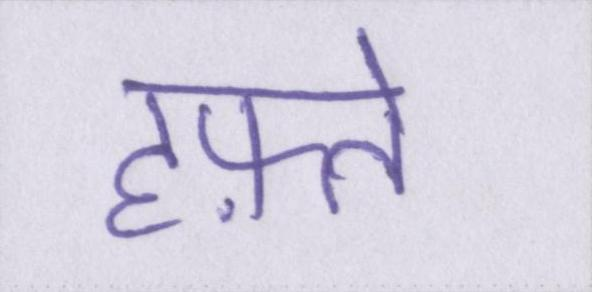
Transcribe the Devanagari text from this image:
हफ़्ते